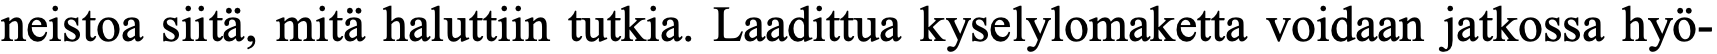
neistoa siitä, mitä haluttiin tutkia. Laadittua kyselylomaketta voidaan jatkossa hyö-